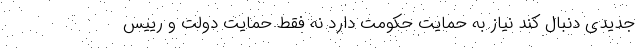
جدیدی دنبال کند نیاز به حمایت حکومت دارد نه فقط حمایت دولت و رییس